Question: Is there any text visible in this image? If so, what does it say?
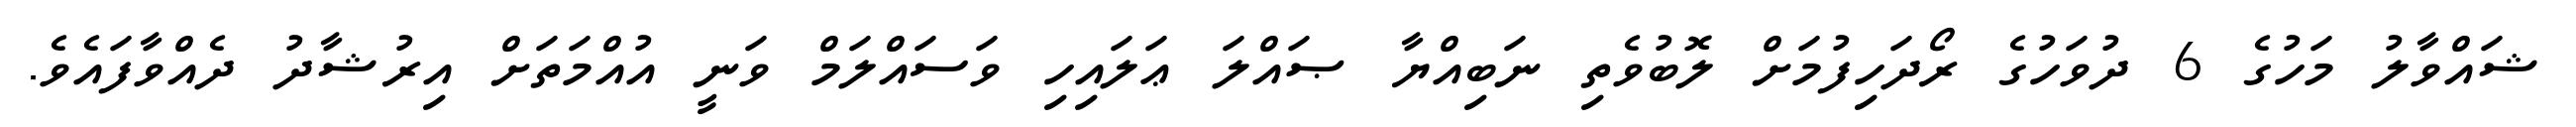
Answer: ޝައްވާލު މަހުގެ 6 ދުވަހުގެ ރޯދަހިފުމަށް ލޮބުވެތި ނަބިއްޔާ ޞައްލަ ޢަލައިހި ވަސައްލަމް ވަނީ އުއްމަތަށް އިރުޝާދު ދެއްވާފައެވެ.